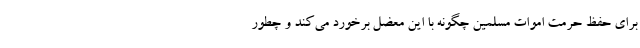
برای حفظ حرمت اموات مسلمین چگونه با این معضل برخورد می‌کند و چطور